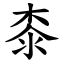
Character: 桼